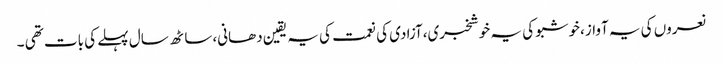
نعروں کی یہ آواز،خوشبو کی یہ خوشخبری،آزادی کی نعمت کی یہ یقین دھانی،ساٹھ سال پہلے کی بات تھی ۔